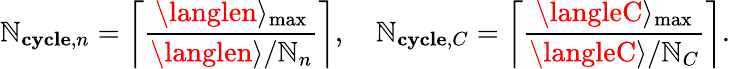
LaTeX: \mathbb{N}_{\mathbf{{cycle}},n}=\left\lceil\frac{{\langlen\rangle_{\mathrm{{max}}}}}{{\langlen\rangle/\mathbb{N}_{n}}}\right\rceil,\quad\mathbb{N}_{\mathbf{{cycle}},C}=\left\lceil\frac{{\langleC\rangle_{\mathrm{{max}}}}}{{\langleC\rangle/\mathbb{N}_{C}}}\right\rceil.